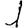
Digit: 1